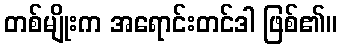
တစ်မျိုးက အရောင်းတင်ဒါ ဖြစ်၏။